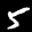
Digit: 5